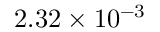
2 . 3 2 \times 1 0 ^ { - 3 }